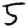
Digit: 5